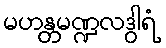
မဟန္တမဏ္ဍလဒွါရံ